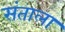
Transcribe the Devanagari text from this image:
संताला